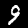
Digit: 9